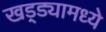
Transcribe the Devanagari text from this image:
खड्ड्यामध्ये